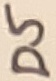
Text: D5